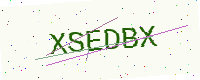
Text: XSEDBX